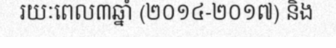
រយៈពេល៣ឆ្នាំ (២០១៤-២០១៧) និង